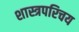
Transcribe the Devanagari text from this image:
शास्त्रपरिचय